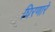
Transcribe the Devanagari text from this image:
घिरणारे